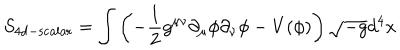
LaTeX: S _ { \mathrm { 4 d - s c a l a r } } = \int { \left( - { \frac { 1 } { 2 } } g ^ { \mu \nu } \partial _ { \mu } \phi \partial _ { \nu } \phi - V ( \phi ) \right) \sqrt { - g } d ^ { 4 } x }